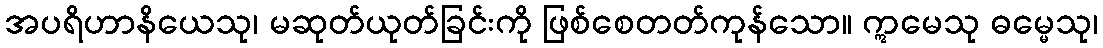
အပရိဟာနိယေသု၊ မဆုတ်ယုတ်ခြင်းကို ဖြစ်စေတတ်ကုန်သော။ ဣမေသု ဓမ္မေသု၊